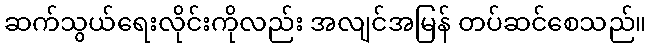
ဆက်သွယ်ရေးလိုင်းကိုလည်း အလျင်အမြန် တပ်ဆင်စေသည်။